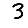
Digit: 3